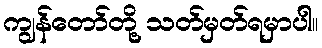
ကျွန်တော်တို့ သတ်မှတ်ရမှာပါ။